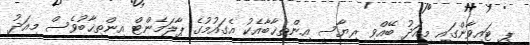
ޕީ ޓައިވާންގައި މިއަދު ބޭއްވި ރިޔާސީ އިންތިޚާބާއެކު އެގައުމުގެ ޕާލަމެންޓް އިންތިޚާބުވެސް މިއަދު